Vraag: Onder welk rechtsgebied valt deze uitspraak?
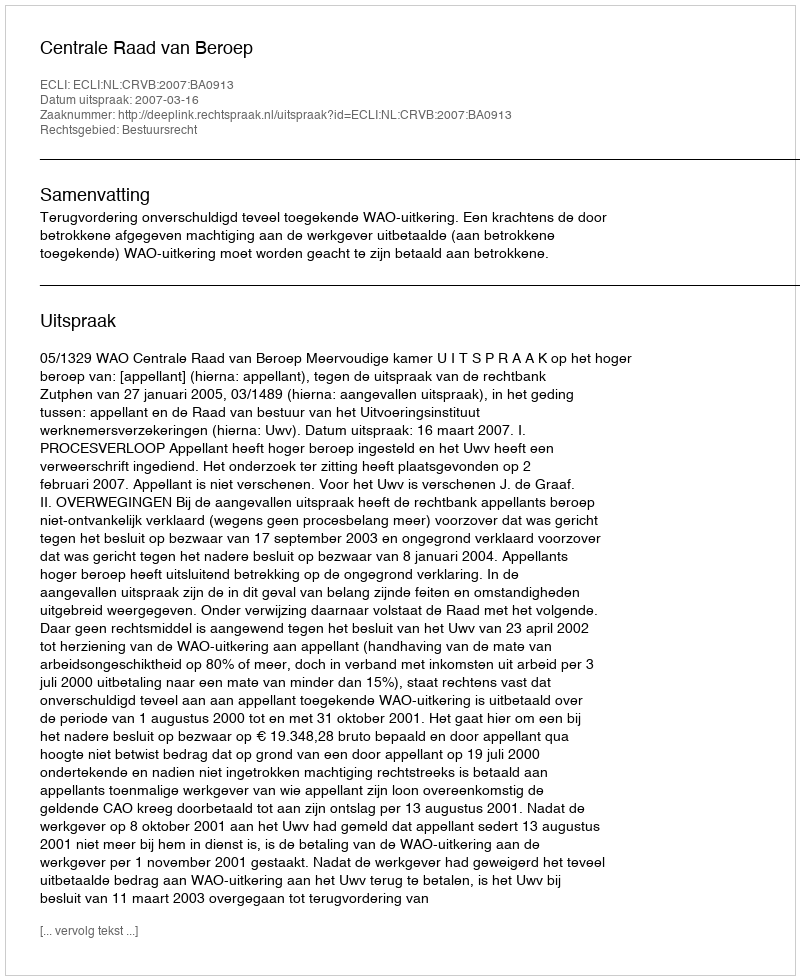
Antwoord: Bestuursrecht